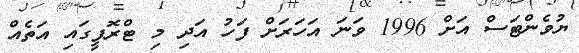
ޔުވެންޓަސް އަށް 1996 ވަނަ އަހަރަށް ފަހު އަދި މި ޓްރޮފީގައި އަތެއް